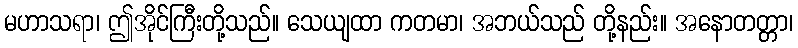
မဟာသရာ၊ ဤအိုင်ကြီးတို့သည်။ သေယျထာ ကတမာ၊ အဘယ်သည် တို့နည်း။ အနောတတ္တာ၊